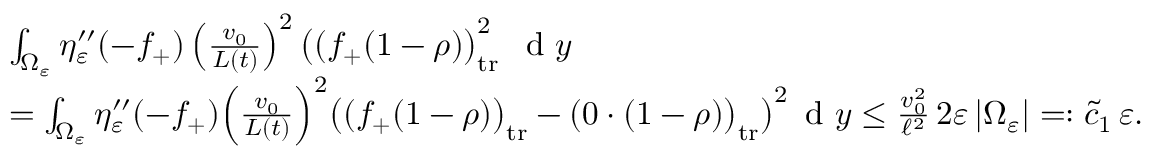
\begin{array} { r l } & { \int _ { \Omega _ { \varepsilon } } \eta _ { \varepsilon } ^ { \prime \prime } ( - f _ { + } ) \left( \frac { v _ { 0 } } { L ( t ) } \right) ^ { 2 } \bigl ( ( f _ { + } ( 1 - \rho ) \bigr ) _ { \mathrm { t r } } ^ { 2 } \; \, \textup { d } y } \\ & { = \int _ { \Omega _ { \varepsilon } } \eta _ { \varepsilon } ^ { \prime \prime } ( - f _ { + } ) \Big ( \frac { v _ { 0 } } { L ( t ) } \Big ) ^ { 2 } \bigl ( ( f _ { + } ( 1 - \rho ) \bigr ) _ { \mathrm { t r } } - ( 0 \cdot ( 1 - \rho ) \bigr ) _ { \mathrm { t r } } \bigr ) ^ { 2 } \, \textup { d } y \le \frac { v _ { 0 } ^ { 2 } } { \ell ^ { 2 } } \, 2 \varepsilon \, | \Omega _ { \varepsilon } | = : \tilde { c } _ { 1 } \, \varepsilon . } \end{array}